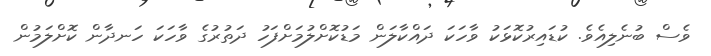
ވެސް ބުނެލިއެވެ. ކުޑައިރުކޮޅަކު ވާހަކަ ދައްކާލަން މަޑުކޮށްލުމަށްފަހު ދަތުރުގެ ވާހަކަ ހަނދާން ކޮށްލަމުން